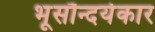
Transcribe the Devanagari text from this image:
भूसौन्दर्यकार